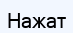
Нажат